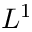
L ^ { 1 }